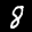
Label: 8